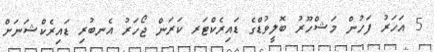
5 އަހަރު ފަހުން މަޝްހޫރު ބޮލީވުޑްގެ ޑައިރެކްޓަރ ކަރަން ޖޯހަރު އެނބުރި ޑައިރެކްޝަނަށް